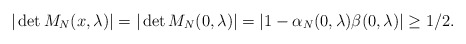
\begin{align*}|\det M_N(x,\lambda)|= |\det M_N(0,\lambda)|= |1-\alpha_N(0,\lambda)\beta(0,\lambda)|\geq 1/2.\end{align*}